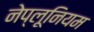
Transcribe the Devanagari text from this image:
नेप्लूनियम